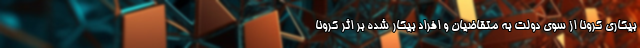
بیکاری کرونا از سوی دولت به متقاضیان و افراد بیکار شده بر اثر کرونا